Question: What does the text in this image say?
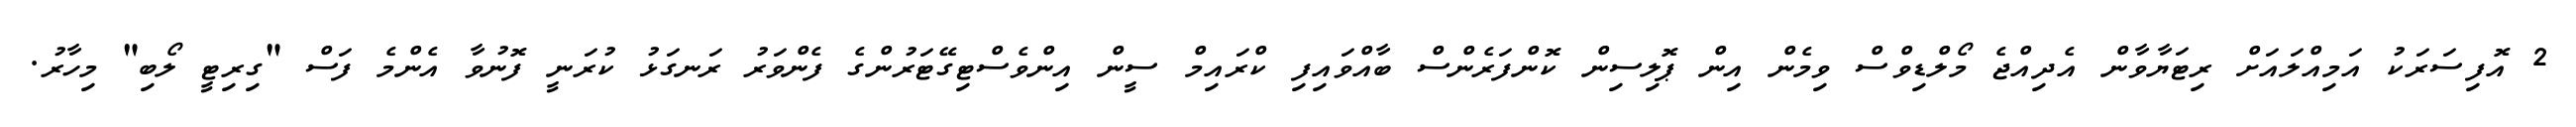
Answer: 2 އޮފިސަރަކު އަމިއްލައަށް ރިޓަޔާވާން އެދިއްޖެ މޯލްޑިވްސް ވިމެން އިން ޕޮލިސިން ކޮންފަރެންސް ބާއްވައިފި ކްރައިމް ސީން އިންވެސްޓިގޭޓަރުންގެ ފެންވަރު ރަނގަޅު ކުރަނީ ފޮނުވާ އެންމެ ފަސް "ގިރިޓީ ލޯބި" މިހާރު.